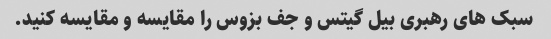
سبک های رهبری بیل گیتس و جف بزوس را مقایسه و مقایسه کنید.